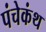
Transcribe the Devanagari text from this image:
पंचेकंथ